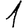
Digit: 1